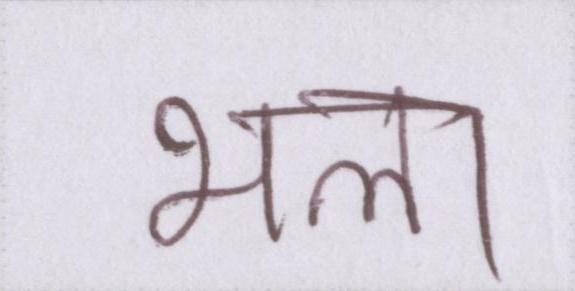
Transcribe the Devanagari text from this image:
भला